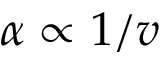
\alpha \propto 1 / v